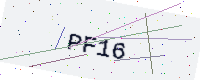
Text: PF16